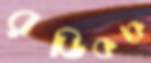
রডিককে